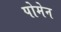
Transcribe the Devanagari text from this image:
पोमेन